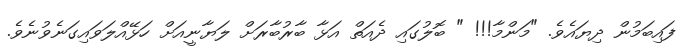
ފައިބަމުން ދިޔައެވެ. "މަންމާ!!! " ބޮލުގައި ދެއަތް އަޅާ ބާރުބާރަށް ލަޔާނީއަށް ހަޅޭއްލަވައިގަނެވުނެވެ.